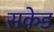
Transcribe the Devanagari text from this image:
सकेड